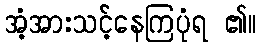
အံ့အားသင့်နေကြပုံရ ၏။